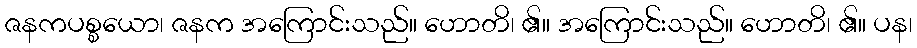
ဇနကပစ္စယော၊ ဇနက အကြောင်းသည်။ ဟောတိ၊ ၏။ အကြောင်းသည်။ ဟောတိ၊ ၏။ ပန၊